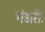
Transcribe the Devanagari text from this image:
भंडारीः